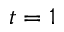
t = 1